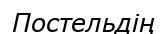
Постельдің